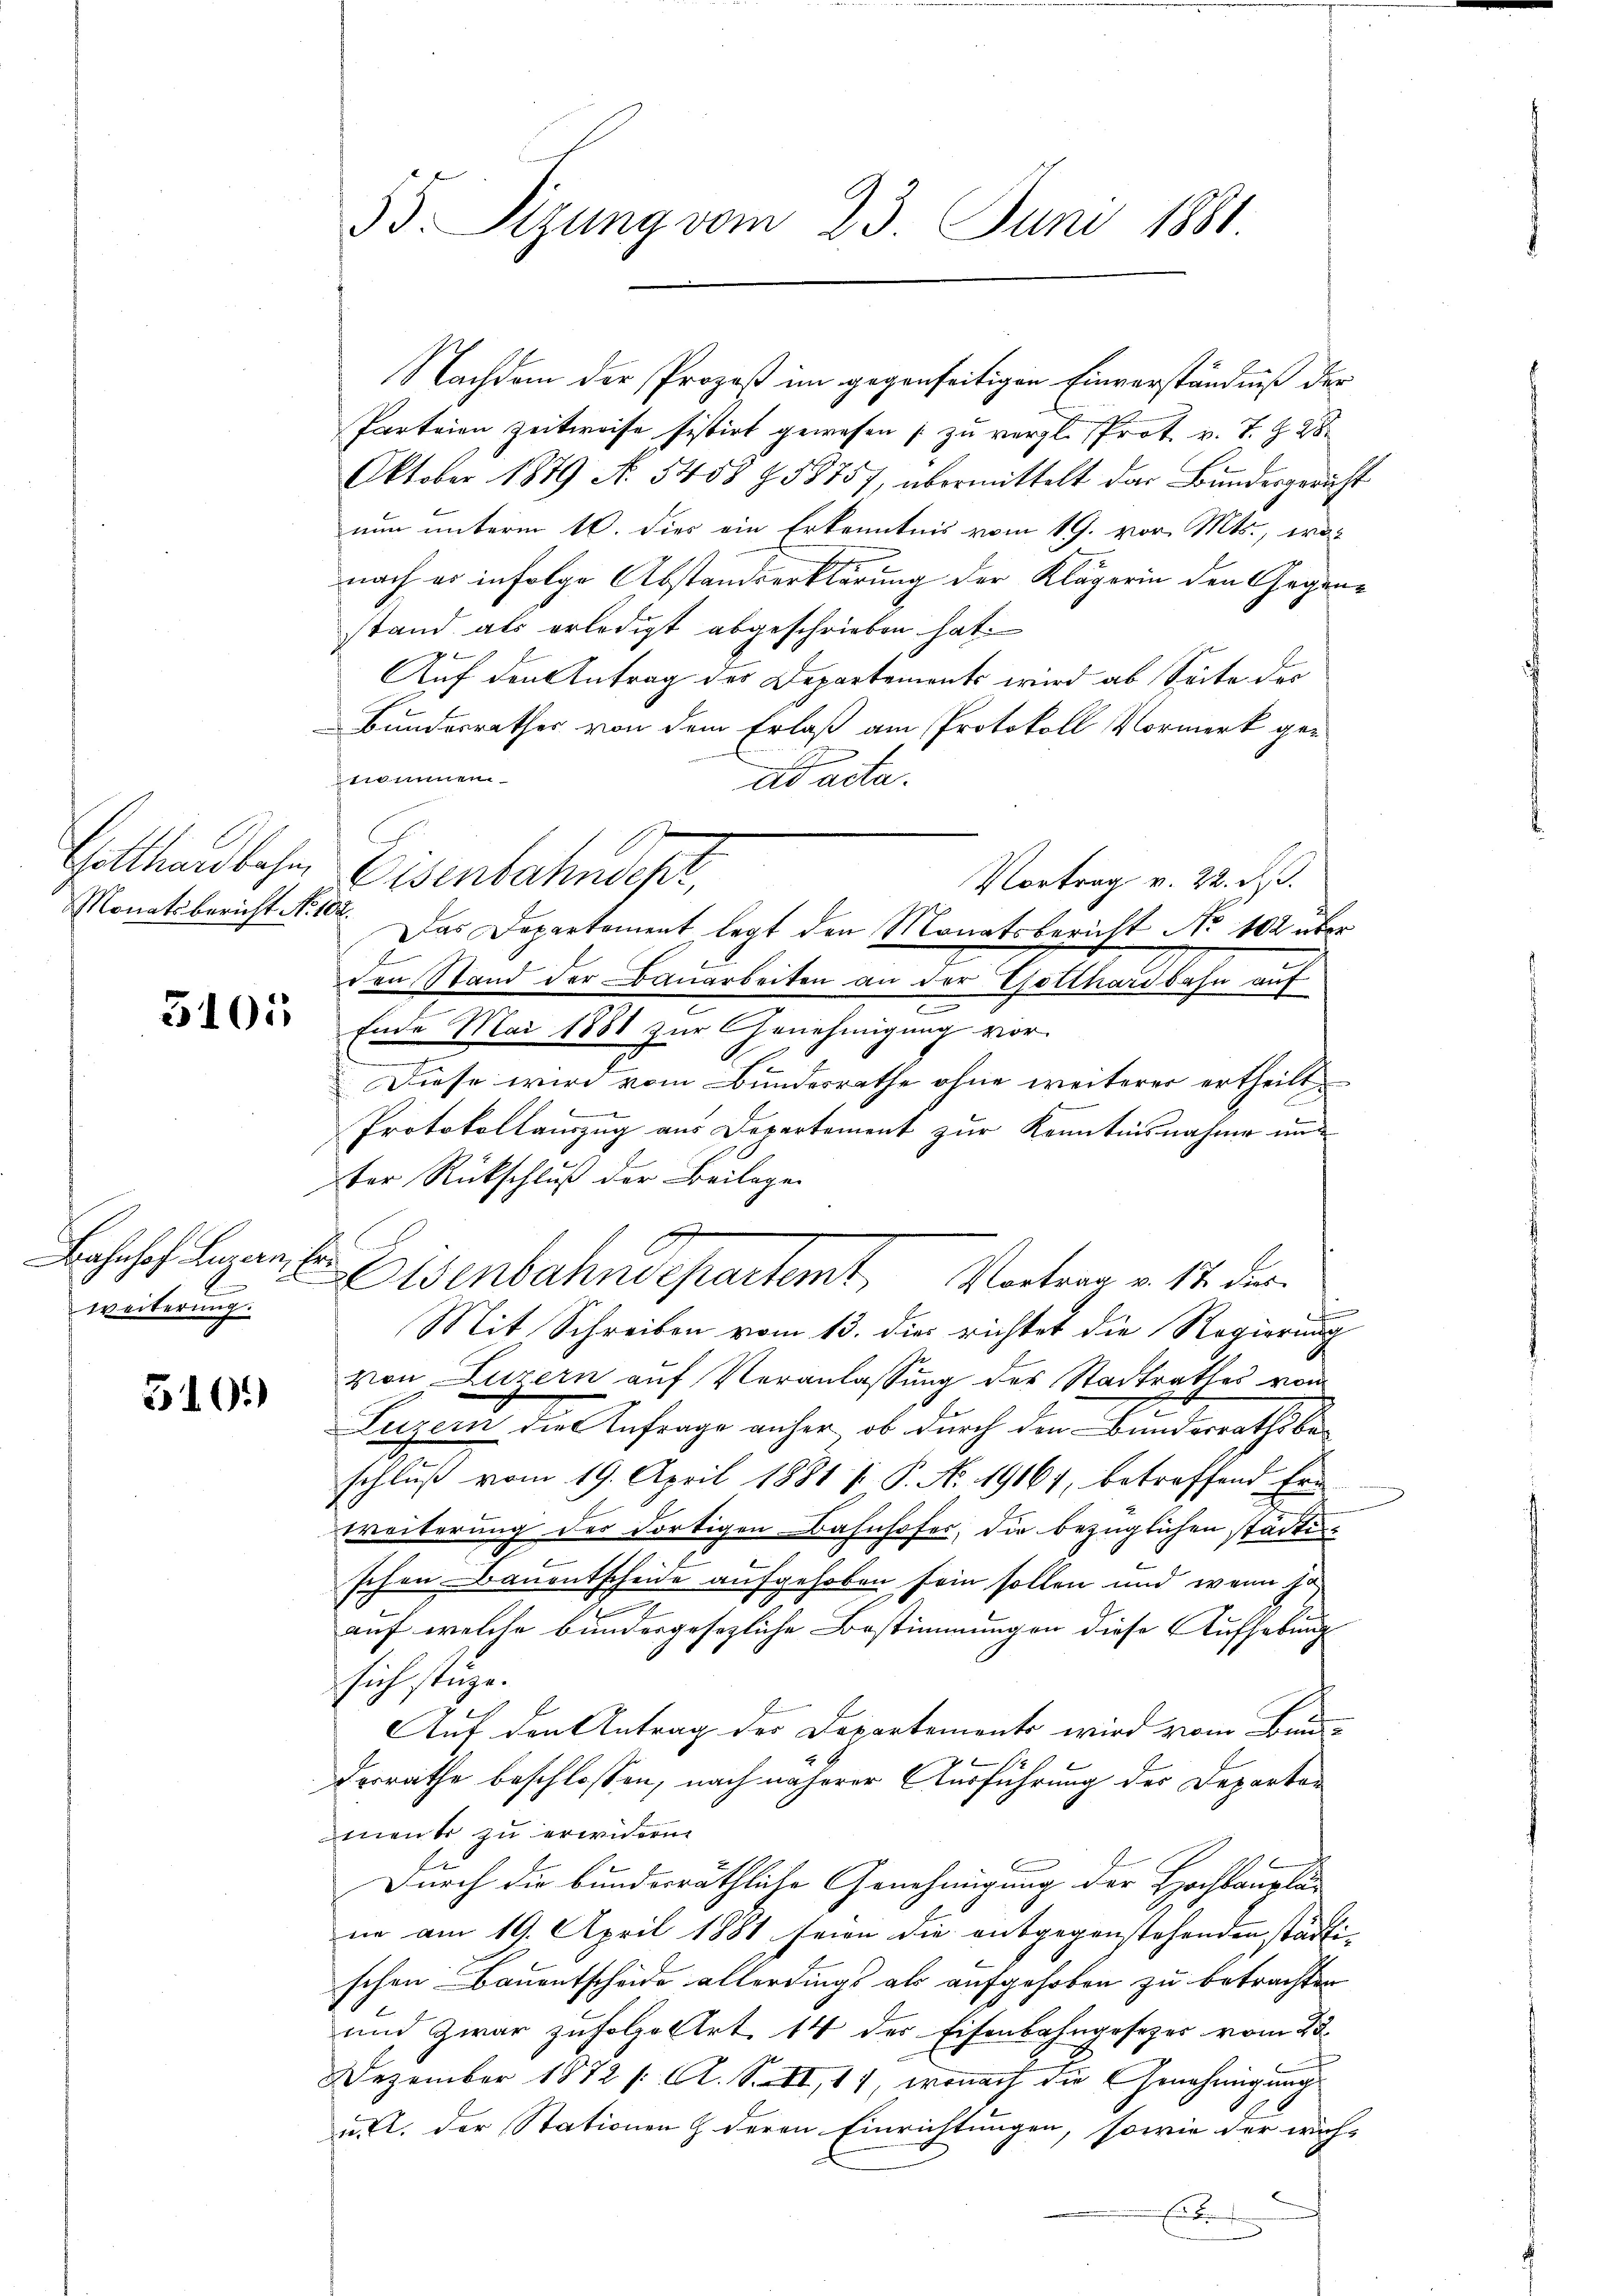
Monatsbericht No 102.

3101

Bahnhof Lazan, Erweiterung.

5101)

Nachdem der Prozeß im gegenseitigen Einverständniß der
Parteien zeitweise sistirt gewesen (zu vergl. Prot. v. J. Z. 28
Oktober 1879 N. 5458 f 58757, übermittelt das Bundesgericht
nun unterm 16. dies ein Erkenntnis vom 19. vor. Mts., wo-
nach er infolge Abstandserklärung der Klägerin den Gegenstand als erledigt abgeschrieben hat.
x
Auf den Antrag der Departements wird ab Seite der
Bundesrathes von dem Erlaß am Protokoll Vormerk ger
A
iinen
ad acta.
Vortrag v. 22. d.
Das Departement legt den Monatsbericht No 102 über
x
den Stand der Bauarbeiten an der Gotthardbahn auf
e
Ende Mai 1881 zur Genehmigung vor-
.
Diese wird vom Bundesrathe ohne weiterer ertheilt,

Protokollauszug aus Departement zur Kenntnisnahme und
ter Rückschluß der Beilage
t
Mit Schreiben vom 13. dies richtet die Regierung
von Luzern auf Veranlassung des Stadtrathes vom
Luzern die Anfrage anher ob durch den Bunderrathsbeschluß vom 19. April 1881 /: P. Nr. 19161, betreffend Ern
Weiterung der dortigen Bahnhofes, die bezüglichen städtischon Bauentscheide aufgehoben sein sollen und wenn ha
auf welche bundergesezliche Bestimmungen diese Aufhebung
sich stüze.
Auf den Antrag des Departements wird vom Bunde
112
derrathe beschlossen, nach näherer Ausführung der Departen
ment zu erwidern
Durch die bunderräthliche Genehmigung der Hochbauplän
ne am 19. April 1881 seien die entgegenstehenden städti-
schen Bauentscheide allerdings als aufgehoben zu betrachten
und zwar zufolge Art. 14 der Eisenbahngesezer vom 22.
Dezember 1872 /: A. S. II, 17, wonach die Genehmigung
u. der Stationen & deren Einrichtungen, sowie der wäh-
E

55. Sizung vom 23. Juni 1881

Gotthardbahn, Eisenbahnder,

Eisenbahndepartemt, Worten u. 14. der